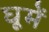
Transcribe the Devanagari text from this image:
घूमें